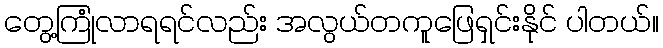
တွေ့ကြုံလာရရင်လည်း အလွယ်တကူဖြေရှင်းနိုင် ပါတယ်။